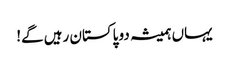
یہاں ہمیشہ دو پاکستان رہیں گے!